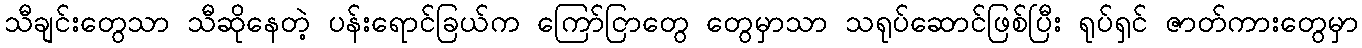
သီချင်းတွေသာ သီဆိုနေတဲ့ ပန်းရောင်ခြယ်က ကြော်ငြာတွေ တွေမှာသာ သရုပ်ဆောင်ဖြစ်ပြီး ရုပ်ရှင် ဇာတ်ကားတွေမှာ